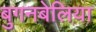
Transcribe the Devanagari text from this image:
बुगनबेलिया